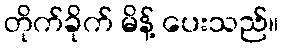
တိုက်ခိုက် မိန့် ပေးသည်။